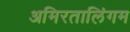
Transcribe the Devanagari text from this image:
अमिरतालिंगम